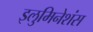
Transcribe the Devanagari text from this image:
इलुमिनेशंस